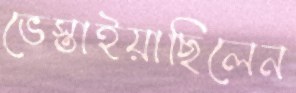
ভেস্তাইয়াছিলেন